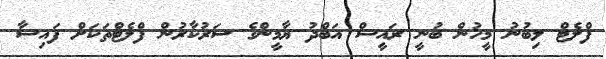
ފްލެޓް ލިބުނު މީހުން ބުނީ ރައީސް އަބްދު ޔާމީންގެ ސަރުކާރުން ފްލެޓްތަކަށް ފައިސާ